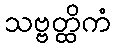
သဗ္ဗတ္ထိကံ